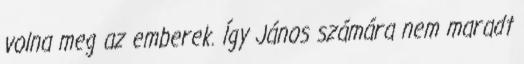
volna meg az emberek. Így János számára nem maradt